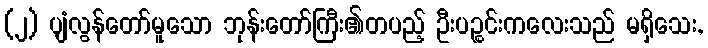
(၂) ပျံလွန်တော်မူသော ဘုန်းတော်ကြီး၏တပည့် ဦးပဉ္စင်းကလေးသည် မရှိသေး,